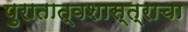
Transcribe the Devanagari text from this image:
पुरातात्वशास्त्राचा